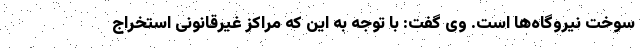
سوخت نیروگاه‌ها است. وی گفت: با توجه به این که مراکز غیرقانونی استخراج